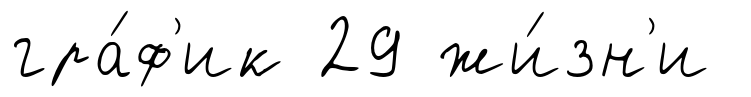
гра́ф'ик 29 жи́зн'и